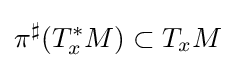
{\pi ^{\sharp }}(T_{x}^{*}M)\subset T_{x}M